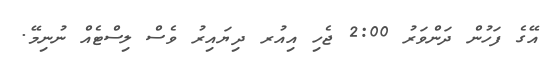
އޭގެ ފަހުން ދަންވަރު 2:00 ޖެހި އިއުރ ދިޔައިރު ވެސް ލިސްޓެއް ނުނިމޭ.